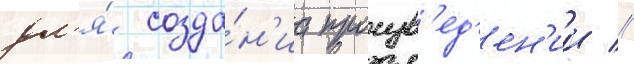
дл'я́ созда́н'иа произв'ед'ен'ии //